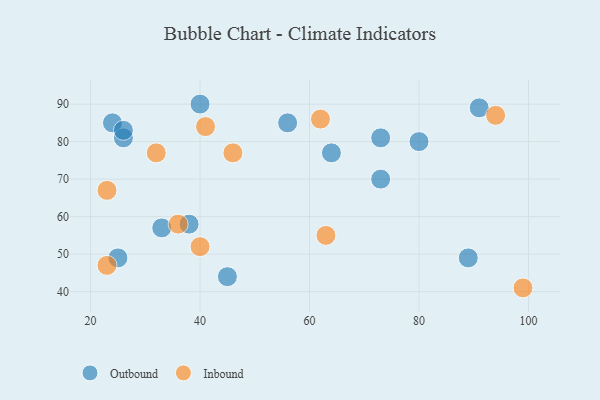
{"axis": {"x": "GDP", "y": "Life Expectancy"}, "legend": ["Inbound", "Outbound"], "data": [{"x": "24", "y": 85, "type": "Outbound"}, {"x": "45", "y": 44, "type": "Outbound"}, {"x": "40", "y": 90, "type": "Outbound"}, {"x": "80", "y": 80, "type": "Outbound"}, {"x": "73", "y": 70, "type": "Outbound"}, {"x": "38", "y": 58, "type": "Outbound"}, {"x": "73", "y": 81, "type": "Outbound"}, {"x": "91", "y": 89, "type": "Outbound"}, {"x": "33", "y": 57, "type": "Outbound"}, {"x": "26", "y": 81, "type": "Outbound"}, {"x": "64", "y": 77, "type": "Outbound"}, {"x": "56", "y": 85, "type": "Outbound"}, {"x": "89", "y": 49, "type": "Outbound"}, {"x": "26", "y": 83, "type": "Outbound"}, {"x": "25", "y": 49, "type": "Outbound"}, {"x": "94", "y": 87, "type": "Inbound"}, {"x": "32", "y": 77, "type": "Inbound"}, {"x": "63", "y": 55, "type": "Inbound"}, {"x": "62", "y": 86, "type": "Inbound"}, {"x": "99", "y": 41, "type": "Inbound"}, {"x": "41", "y": 84, "type": "Inbound"}, {"x": "46", "y": 77, "type": "Inbound"}, {"x": "23", "y": 67, "type": "Inbound"}, {"x": "40", "y": 52, "type": "Inbound"}, {"x": "36", "y": 58, "type": "Inbound"}, {"x": "23", "y": 47, "type": "Inbound"}]}